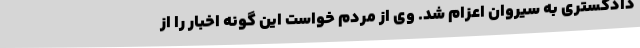
دادگستری به سیروان اعزام شد. وی از مردم خواست این گونه اخبار را از